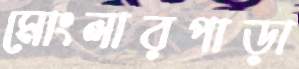
মোংলারপাড়া